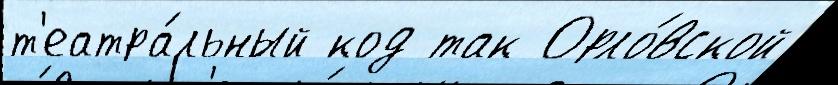
т'еатра́льный код так Орло́вской